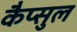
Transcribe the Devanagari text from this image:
कैप्सुल